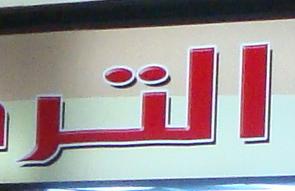
القر